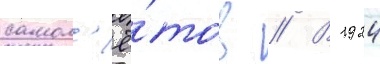
самол'ё́тов // В 1924